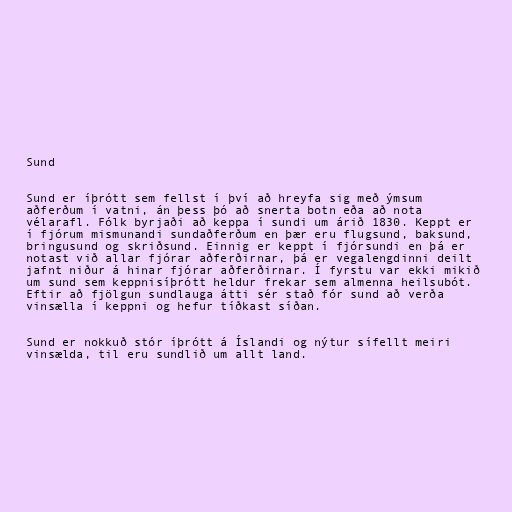
Sund

Sund er íþrótt sem fellst í því að hreyfa sig með ýmsum
aðferðum í vatni, án þess þó að snerta botn eða að nota
vélarafl. Fólk byrjaði að keppa í sundi um árið 1830. Keppt er
í fjórum mismunandi sundaðferðum en þær eru flugsund, baksund,
bringusund og skriðsund. Einnig er keppt í fjórsundi en þá er
notast við allar fjórar aðferðirnar, þá er vegalengdinni deilt
jafnt niður á hinar fjórar aðferðirnar. Í fyrstu var ekki mikið
um sund sem keppnisíþrótt heldur frekar sem almenna heilsubót.
Eftir að fjölgun sundlauga átti sér stað fór sund að verða
vinsælla í keppni og hefur tíðkast síðan.

Sund er nokkuð stór íþrótt á Íslandi og nýtur sífellt meiri
vinsælda, til eru sundlið um allt land.